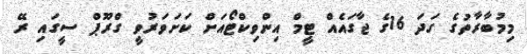
މިމުބާރާތުގެ ގަދަ 16ގެ ޖާގައެއް ޓީމް އިންވިކްޓޯއަށް ކަށަވަރުވީ ގްރޫޕް ސީގައި ރޭ